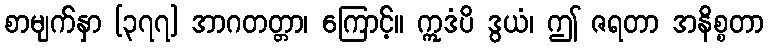
စာမျက်နှာ [၃၇၇] အာဂတတ္တာ၊ ကြောင့်။ ဣဒံပိ ဒွယံ၊ ဤ ဇရတာ အနိစ္စတာ